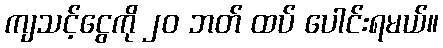
ကျသင့်ငွေကို ၂၀ ဘတ် ထပ် ပေါင်းရမယ်။